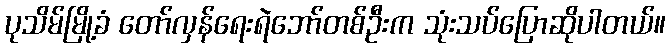
ပုသိမ်မြို့ခံ တော်လှန်ရေးရဲဘော်တစ်ဦးက သုံးသပ်ပြောဆိုပါတယ်။